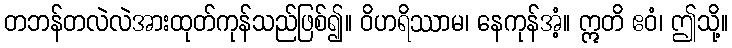
တဘန်တလဲလဲအားထုတ်ကုန်သည်ဖြစ်၍။ ဝိဟရိဿာမ၊ နေကုန်အံ့။ ဣတိ ဧဝံ၊ ဤသို့။